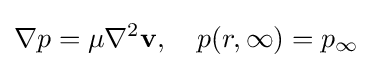
\nabla p=\mu \nabla ^{2}\mathbf {v} ,\quad p(r,\infty )=p_{\infty }